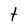
Character: t